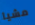
مشيا